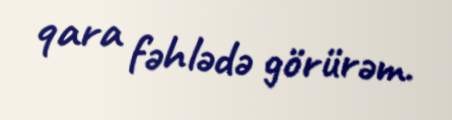
qara fəhlədə görürəm.